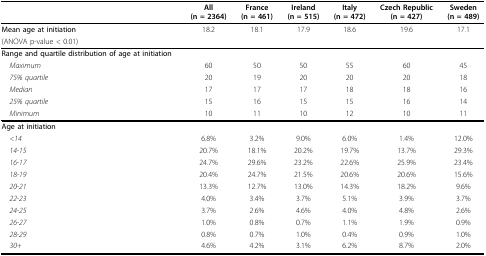
|  | All | France | Ireland | Italy | Czech Republic | Sweden |
 |  | (n = 2364) | (n = 461) | (n = 515) | (n = 472) | (n = 427) | (n = 489) |
 | --- | --- | --- | --- | --- | --- | --- |
 | Mean age at initiation | 18.2 | 18.1 | 17.9 | 18.6 | 19.6 | 17.1 |
 | (ANOVA p-value < 0.01) |  |  |  |  |  |  |
 | Range and quartile distribution of age at initiation |  |  |  |  |  |  |
 | Maximum | 60 | 50 | 50 | 55 | 60 | 45 |
 | 75% quartile | 20 | 19 | 20 | 20 | 20 | 18 |
 | Median | 17 | 17 | 17 | 18 | 18 | 16 |
 | 25% quartile | 15 | 16 | 15 | 15 | 16 | 14 |
 | Minimum | 10 | 11 | 10 | 12 | 10 | 11 |
 | Age at initiation |  |  |  |  |  |  |
 | <14 | 6.8% | 3.2% | 9.0% | 6.0% | 1.4% | 12.0% |
 | 14-15 | 20.7% | 18.1% | 20.2% | 19.7% | 13.7% | 29.3% |
 | 16-17 | 24.7% | 29.6% | 23.2% | 22.6% | 25.9% | 23.4% |
 | 18-19 | 20.4% | 24.7% | 21.5% | 20.6% | 20.6% | 15.6% |
 | 20-21 | 13.3% | 12.7% | 13.0% | 14.3% | 18.2% | 9.6% |
 | 22-23 | 4.0% | 3.4% | 3.7% | 5.1% | 3.9% | 3.7% |
 | 24-25 | 3.7% | 2.6% | 4.6% | 4.0% | 4.8% | 2.6% |
 | 26-27 | 1.0% | 0.8% | 0.7% | 1.1% | 1.9% | 0.9% |
 | 28-29 | 0.8% | 0.7% | 1.0% | 0.4% | 0.9% | 1.0% |
 | 30+ | 4.6% | 4.2% | 3.1% | 6.2% | 8.7% | 2.0% |